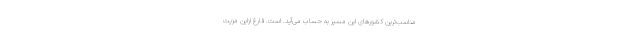
مناسب‌ترین کشورهای این مسیر به حساب می‌آید. است. فارغ ازاین مزیت